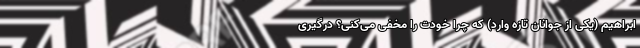
ابراهیم (یکی از جوانان تازه وارد) که چرا خودت را مخفی می‌کنی؟ درگیری